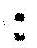
: